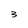
Character: 3